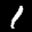
Label: 1